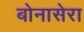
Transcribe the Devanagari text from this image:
बोनासेरा